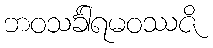
ဘဝသင်္ခါရမဝဿဇိ